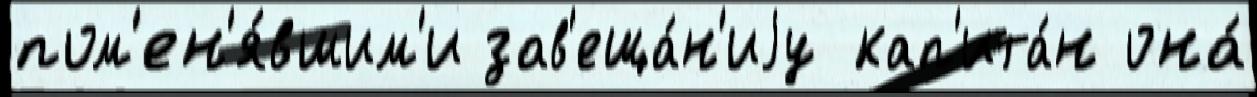
пом'ен'я́вшим'и зав'еща́н'иjу кап'ита́н она́